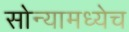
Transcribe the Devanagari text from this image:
सोन्यामध्येच